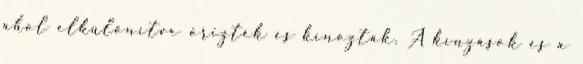
ahol elkülönítve őrizték és kínozták. A kínzások és a